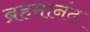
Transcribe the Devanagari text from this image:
ब्रहमानंद